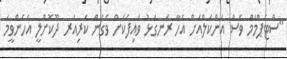
"ސްޓެޕްމަމް ވެސް އަންކަލްއަށް އެހާ ރަނގަޅު ވައިފަކަށް ވެގެން ކެރިއަރ ދޫކޮށްލީ އެހެންވީމަ